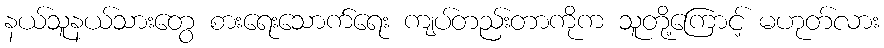
နယ်သူနယ်သားတွေ စားရေးသောက်ရေး ကျပ်တည်းတာကိုက သူတို့ကြောင့် မဟုတ်လား